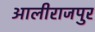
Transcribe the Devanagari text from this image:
आलीराजपुर